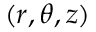
( r , \theta , z )